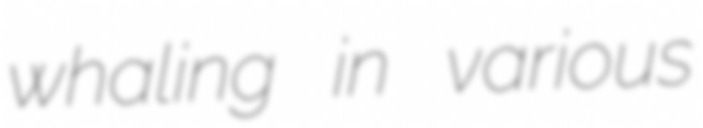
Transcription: whaling in various